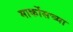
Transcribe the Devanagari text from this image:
मार्कोसच्या